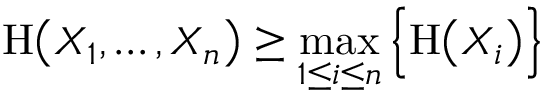
\mathrm { H } { \bigl ( } X _ { 1 } , \ldots , X _ { n } { \bigr ) } \geq \operatorname* { m a x } _ { 1 \leq i \leq n } { \Bigl \{ } \mathrm { H } { \bigl ( } X _ { i } { \bigr ) } { \Bigr \} }